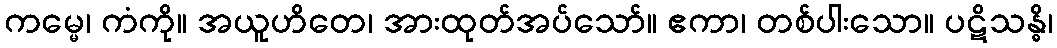
ကမ္မေ၊ ကံကို။ အယူဟိတေ၊ အားထုတ်အပ်သော်။ ဧကာ၊ တစ်ပါးသော။ ပဋိသန္ဓိ၊